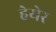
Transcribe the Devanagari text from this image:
हेयेर